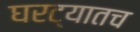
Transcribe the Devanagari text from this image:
घरट्यातच